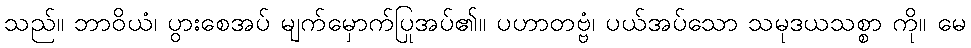
သည်။ ဘာဝိယံ၊ ပွားစေအပ် မျက်မှောက်ပြုအပ်၏။ ပဟာတဗ္ဗံ၊ ပယ်အပ်သော သမုဒယသစ္စာ ကို။ မေ